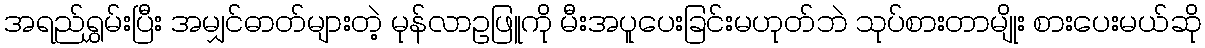
အရည်ရွှမ်းပြီး အမျှင်ဓာတ်များတဲ့ မုန်လာဥဖြူကို မီးအပူပေးခြင်းမဟုတ်ဘဲ သုပ်စားတာမျိုး စားပေးမယ်ဆို